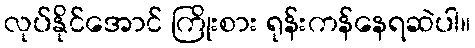
လုပ်နိုင်အောင် ကြိုးစား ရုန်းကန်နေရဆဲပါ။